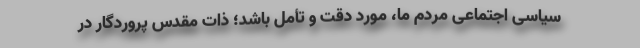
سیاسی اجتماعی مردم ما، مورد دقت و تأمل باشد؛ ذات مقدس پروردگار در